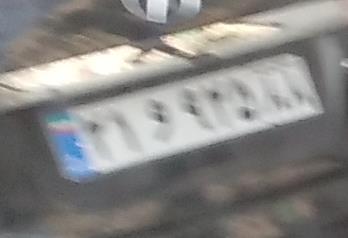
۲۱و۹۲۵۸۸